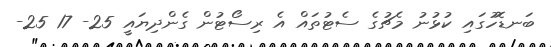
ބަނޑޮހުގައި ކުޅުނު މެޗުގެ ސެޓުތައް އެ ރިސޯޓުން ގެންދިޔައީ 25- 17 25-